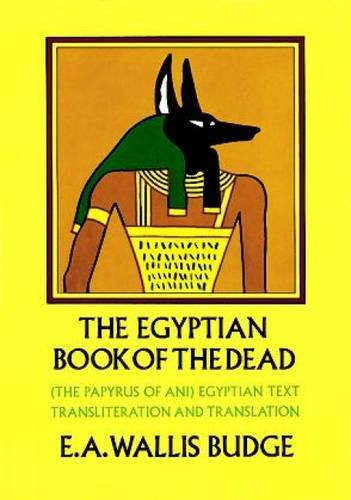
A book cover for The Egyptian Book of the Dead: The Papyrus of Ani in the British Museum; E. A. Wallis Budge; History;